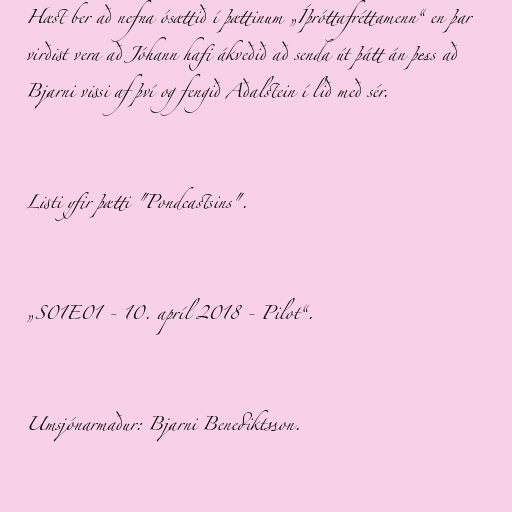
Hæst ber að nefna ósættið í þættinum „Íþróttafréttamenn“ en þar
virðist vera að Jóhann hafi ákveðið að senda út þátt án þess að
Bjarni vissi af því og fengið Aðalstein í lið með sér.

Listi yfir þætti "Pondcastsins".

„S01E01 - 10. apríl 2018 - Pilot“.

Umsjónarmaður: Bjarni Benediktsson.